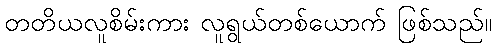
တတိယလူစိမ်းကား လူရွယ်တစ်ယောက် ဖြစ်သည်။